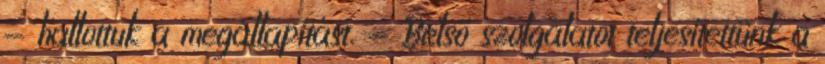
- hallottuk a megállapítást. - Belső szolgálatot teljesítettünk a